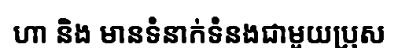
ហា និង មានទំនាក់ទំនងជាមួយប្រុស